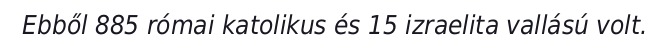
Ebből 885 római katolikus és 15 izraelita vallású volt.